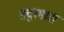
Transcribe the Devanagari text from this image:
प्रचुरमात्रा